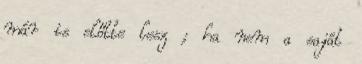
már is előtte lesz ; ha nem a saját